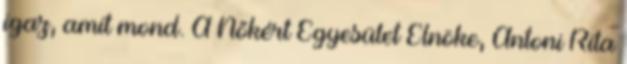
igaz, amit mond. A Nőkért Egyesület Elnöke, Antoni Rita